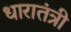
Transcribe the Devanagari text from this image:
धारातंत्री